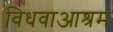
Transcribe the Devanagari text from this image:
विधवाआश्रम